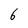
Character: 6